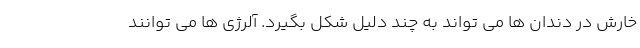
خارش در دندان ها می تواند به چند دلیل شکل بگیرد. آلرژی ها می توانند